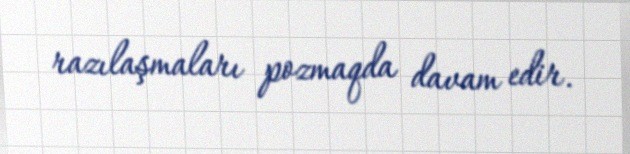
razılaşmaları pozmaqda davam edir.